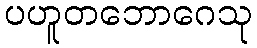
ပဟူတဘောဂေသု